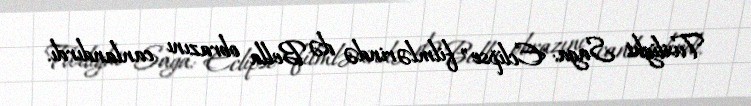
Twilight Saga: Eclipse" filmlərində də Bella obrazını canlandırdı.